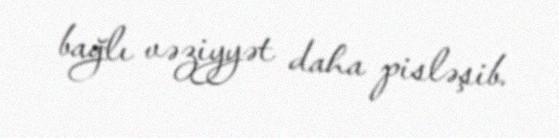
bağlı vəziyyət daha pisləşib.